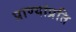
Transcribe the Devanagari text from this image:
प्राण्यांप्रति